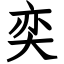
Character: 奕